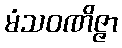
မံသဝဏိဇ္ဇာ